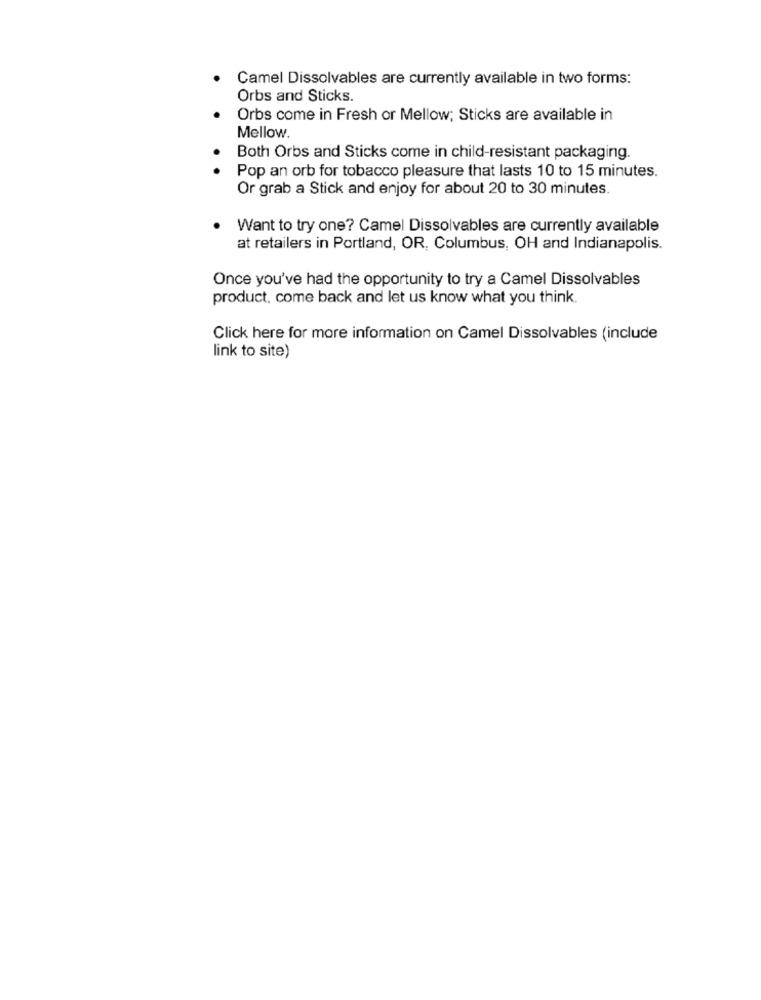
Camel Dissolvables are currently available in two forms:
Orbs and Sticks.
Orbs come in Fresh or Mellow; Sticks are available in
Mellow.
Both Orbs and Sticks come in child-resistant packaging.
Pop an orb for tobacco pleasure that lasts 10 to 15 minutes.
Or grab a Stick and enjoy for about 20 to 30 minutes.
Want to try one? Camel Dissolvables are currently available
at retailers in Portland, OR, Columbus, OH and Indianapolis.
Once you've had the opportunity to try a Camel Dissolvables
product, come back and let us know what you think.
Click here for more information on Camel Dissolvables (include
link to site)